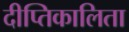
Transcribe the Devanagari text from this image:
दीप्तिकालिता